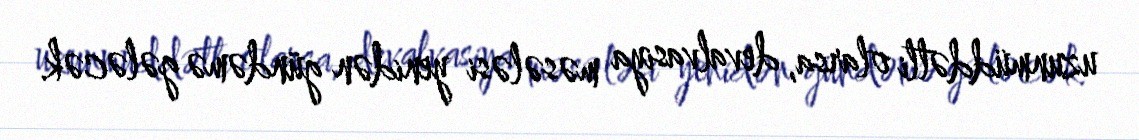
uzunmüddətli olarsa, devalvasiya məsələsi yenidən gündəmə gələcək.